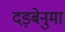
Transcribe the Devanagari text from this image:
दड़बेनुमा